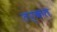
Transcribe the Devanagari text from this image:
तर्कत